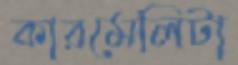
কারমেলিটা